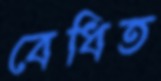
বেধিত